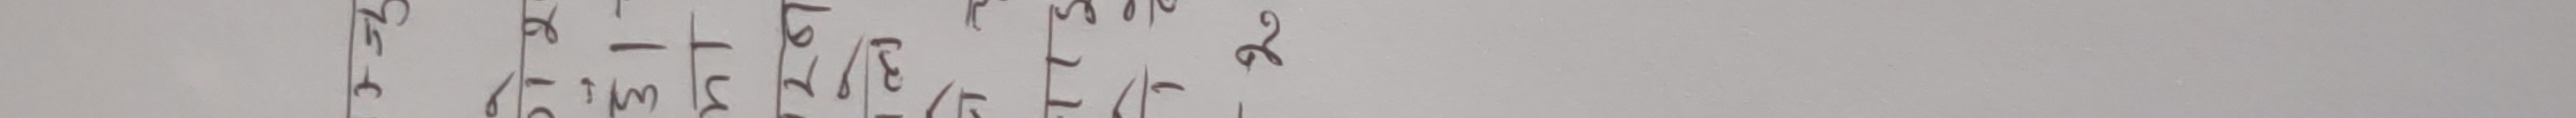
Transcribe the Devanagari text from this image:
ठो। ता. 19/2/५९ (५) ५/६/६९ २